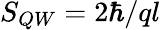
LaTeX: S_{{QW}}=2\hbar/ql